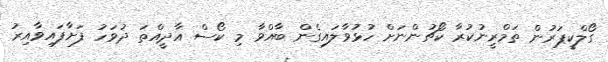
ގޯލްކީޕަރުން ތަމްރީނުކުރާ ކޯޗުންނަށް ހުޅުވާލައިގެން ބާއްވާ މި ކޯސް އާދީއްތަ ދުވަހު ފަށާފައިވާއިރު